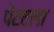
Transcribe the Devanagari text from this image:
पेटंटला